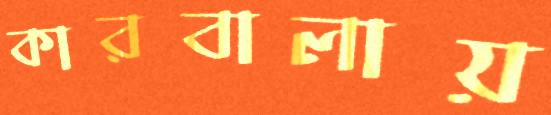
কারবালায়